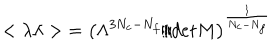
{ < \lambda \lambda > } = \left( \Lambda ^ { 3 N _ { c } - N _ { f } } / d e t M \right) ^ { \frac { 1 } { N _ { c } - N _ { f } } }